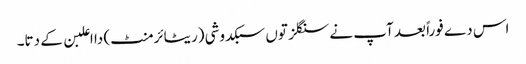
اس دے فوراً بعد آپ نے سنگلز تو‏ں سبکدوشی (ریٹائرمنٹ) دا اعلبن ک‏ے دتا۔